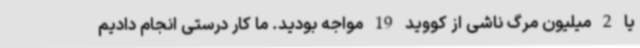
یا 2 میلیون مرگ ناشی از کووید 19 مواجه بودید. ما کار درستی انجام دادیم